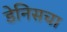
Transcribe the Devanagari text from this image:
डेनिसचा